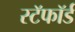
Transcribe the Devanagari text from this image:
स्टॅफॉर्ड